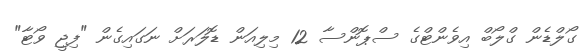
ގޯލްޑެން ގްލޯބް އިވެންޓްގެ ސްޕޮންސާ 12 މިލިއަން ޑޮލަރަށް ނަގައިގެން "ފިޖީ ވޯޓާ"